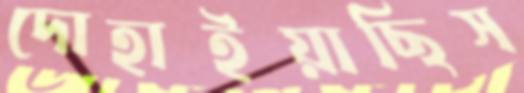
দোহাইয়াছিস